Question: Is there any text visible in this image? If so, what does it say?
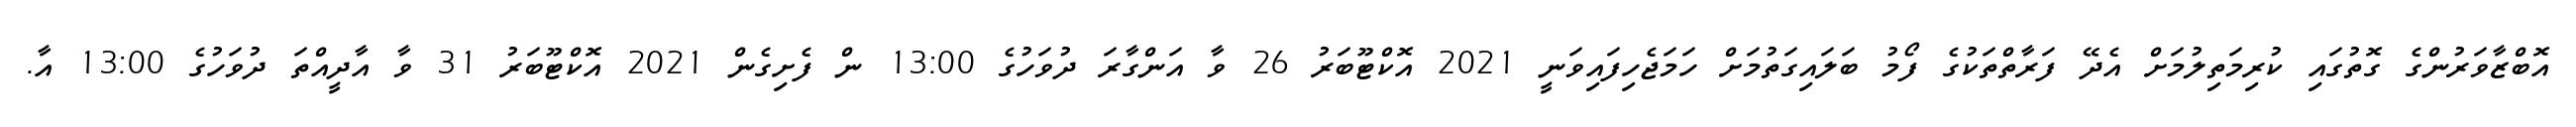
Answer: އޮބްޒާވަރުންގެ ގޮތުގައި ކުރިމަތިލުމަށް އެދޭ ފަރާތްތަކުގެ ފޯމު ބަލައިގަތުމަށް ހަމަޖެހިފައިވަނީ 2021 އޮކްޓޫބަރު 26 ވާ އަންގާރަ ދުވަހުގެ 13:00 ން ފެށިގެން 2021 އޮކްޓޫބަރު 31 ވާ އާދީއްތަ ދުވަހުގެ 13:00 އާ.